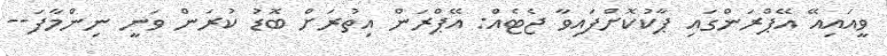
ވީއައިއޭ އޭޕްރަންގައި ޕާކުކޮށްފައިވާ ޖެޓެއް: އޭޕްރަން އިތުރަށް ބޮޑު ކުރަން ވަނީ ނިންމާފަ--